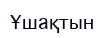
Ұшақтын